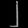
Digit: ၂